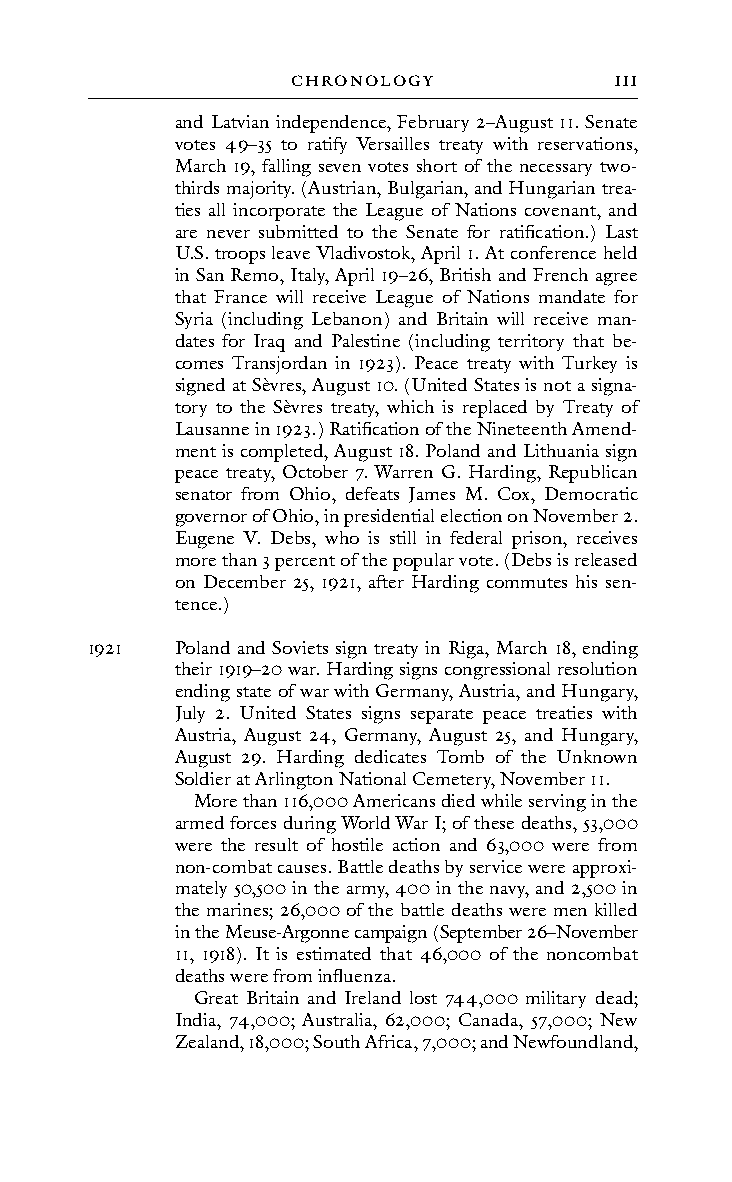
cHRonoLoGY            111
 and Latvian independence, February 2–August 11. Senate
 votes 49–35 to ratify Versailles treaty with reservations,
 March 19, falling seven votes short of the necessary two-
 thirds majority. (Austrian, Bulgarian, and Hungarian trea-
 ties all incorporate the League of Nations covenant, and
 are never submitted to the Senate for ratification.) Last
 U.S. troops leave Vladivostok, April 1. At conference held
 in San Remo, Italy, April 19–26, British and French agree
 that France will receive League of Nations mandate for
 Syria (including Lebanon) and Britain will receive man-
 dates for Iraq and Palestine (including territory that be-
 comes Transjordan in 1923). Peace treaty with Turkey is
 signed at Sèvres, August 10. (United States is not a signa-
 tory to the Sèvres treaty, which is replaced by Treaty of
 Lausanne in 1923.) Ratification of the Nineteenth Amend-
 ment is completed, August 18. Poland and Lithuania sign
 peace treaty, October 7. Warren G. Harding, Republican
 senator from Ohio, defeats James M. Cox, Democratic
 governor of Ohio, in presidential election on November 2.
 Eugene V. Debs, who is still in federal prison, receives
 more than 3 percent of the popular vote. (Debs is released
 on December 25, 1921, after Harding commutes his sen-
 tence.)
 1921  Poland and Soviets sign treaty in Riga, March 18, ending
 their 1919–20 war. Harding signs congressional resolution
 ending state of war with Germany, Austria, and Hungary,
 July 2. United States signs separate peace treaties with
 Austria, August 24, Germany, August 25, and Hungary,
 August 29. Harding dedicates Tomb of the Unknown
 Soldier at Arlington National Cemetery, November 11.
 More than 116,000 Americans died while serving in the
 armed forces during World War I; of these deaths, 53,000
 were the result of hostile action and 63,000 were from
 non-combat causes. Battle deaths by service were approxi-
 mately 50,500 in the army, 400 in the navy, and 2,500 in
 the marines; 26,000 of the battle deaths were men killed
 in the Meuse-Argonne campaign (September 26–November
 11, 1918). It is estimated that 46,000 of the noncombat
 deaths were from influenza.
 Great Britain and Ireland lost 744,000 military dead;
 India, 74,000; Australia, 62,000; Canada, 57,000; New
 Zealand, 18,000; South Africa, 7,000; and Newfoundland,